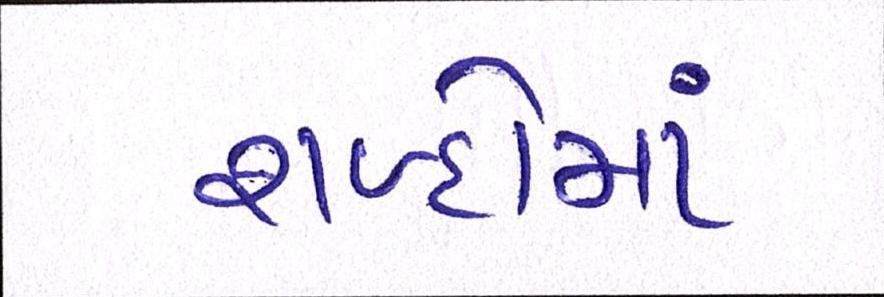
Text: શબ્દોમાં